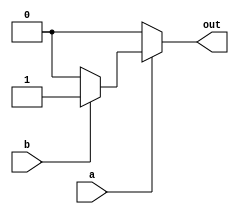

`timescale 1ns/1ps


module and_1bit(a, b, out);

input a ,b ;
output reg out;

always @(a or b ) begin
	
	if (a == 1'b1) begin
		if(b == 1'b1)
			out = 1'b1;

		else
			out = 1'b0;
	end
	else
		out = 1'b0;
end

endmodule